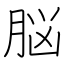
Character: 脳